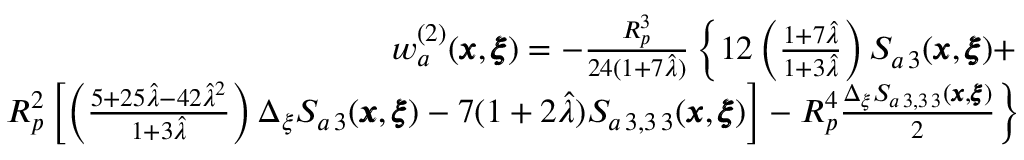
\begin{array} { r l r } & { } & { w _ { a } ^ { ( 2 ) } ( { \pmb x } , { \pmb \xi } ) = - \frac { R _ { p } ^ { 3 } } { 2 4 ( 1 + 7 \hat { \lambda } ) } \left\{ 1 2 \left( \frac { 1 + 7 \hat { \lambda } } { 1 + 3 \hat { \lambda } } \right) S _ { a \, 3 } ( { \pmb x } , { \pmb \xi } ) + \right. } \\ & { } & { \left. { R _ { p } ^ { 2 } } \left[ \left( \frac { 5 + 2 5 \hat { \lambda } - 4 2 \hat { \lambda } ^ { 2 } } { 1 + 3 \hat { \lambda } } \right) \Delta _ { \xi } S _ { a \, 3 } ( { \pmb x } , { \pmb \xi } ) - 7 ( 1 + 2 \hat { \lambda } ) S _ { a \, 3 , 3 \, 3 } ( { \pmb x } , { \pmb \xi } ) \right] - R _ { p } ^ { 4 } \frac { \Delta _ { \xi } S _ { a \, 3 , 3 \, 3 } ( { \pmb x } , { \pmb \xi } ) } { 2 } \right\} } \end{array}